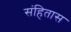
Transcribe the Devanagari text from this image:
संहितास